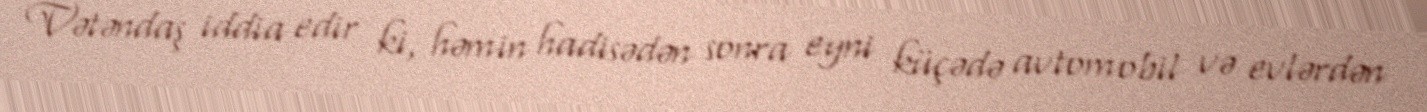
Vətəndaş iddia edir ki, həmin hadisədən sonra eyni küçədə avtomobil və evlərdən